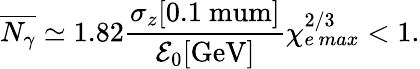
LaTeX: \overline{{N_{\gamma}}}\simeq 1.82\frac{\sigma_{z}[0.1\mathrm{\ mum}]}{\mathcal{E}_{0}[\mathrm{GeV}]}\chi_{e\, max}^{2/3}<1.